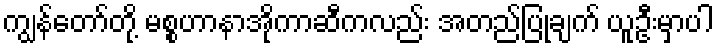
ကျွန်တော်တို့ မစ္စဟာနာအိုကာဆီကလည်း အတည်ပြုချက် ယူဦးမှာပါ